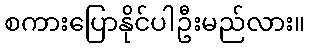
စကားပြောနိုင်ပါဦးမည်လား။